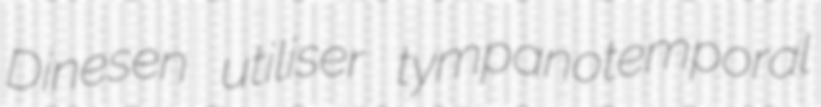
Dinesen utiliser tympanotemporal